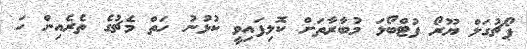
ޕޯޗުގަލް ޔޫރޯ ފުޓްބޯޅަ މުބާރާތަށް ކޮލިފައިވީ ކުޅުނު ހަތް މެޗުގެ ތެރެއިން ހަ